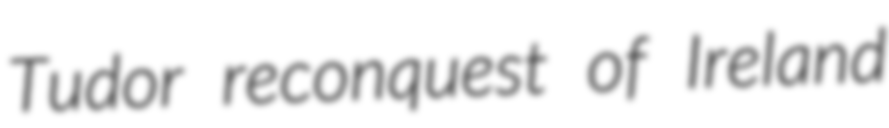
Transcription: Tudor reconquest of Ireland